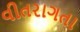
વીતરાગતા